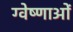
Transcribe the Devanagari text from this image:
ग्वेष्णाओं